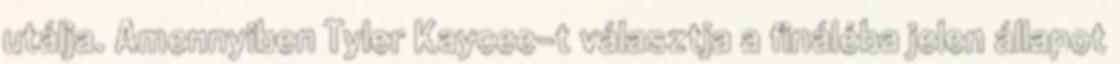
utálja. Amennyiben Tyler Kaycee-t választja a fináléba jelen állapot